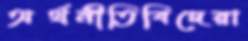
অর্থনীতিবিদেরা